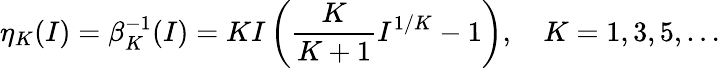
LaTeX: \eta_{K}(I)=\beta_{K}^{-1}(I)=KI\left(\frac{K}{K+1}I^{1/K}-1\right),\quad K=1,3,5,\ldots